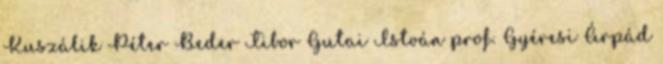
Kuszálik Péter Beder Tibor Gutai István prof. Gyéresi Árpád